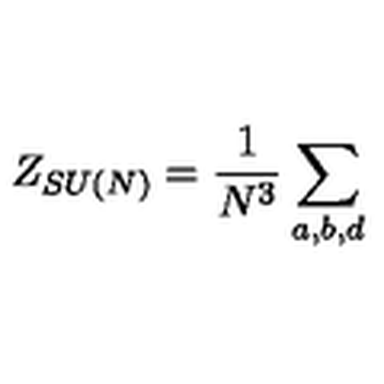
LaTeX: Z _ { S U ( N ) } = \frac { 1 } { N ^ { 3 } } \sum _ { a , b , d }